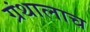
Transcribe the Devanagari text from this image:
ग्रंथालाच